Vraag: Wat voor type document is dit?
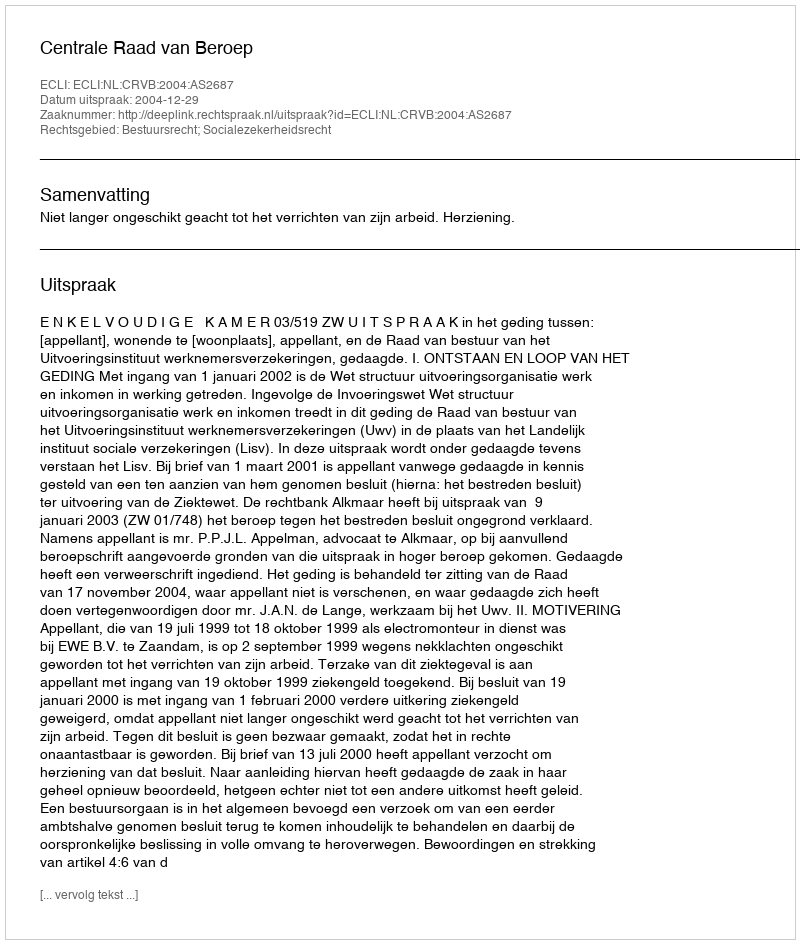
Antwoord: Uitspraak